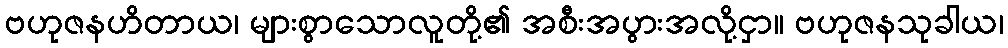
ဗဟုဇနဟိတာယ၊ များစွာသောလူတို့၏ အစီးအပွားအလို့ငှာ။ ဗဟုဇနသုခါယ၊